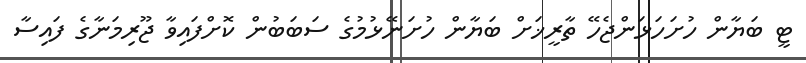
ޓީ ބަޔާން ހުށަހަޅަންޖެހޭ ތާރީޚަށް ބަޔާން ހުށަނޭޅުމުގެ ސަބަބުން ކޮށްފައިވާ ޖޫރިމަނާގެ ފައިސާ